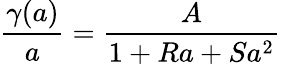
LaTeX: {\frac{\gamma(a)}{a}}={\frac{A}{1+Ra+Sa^{2}}}